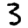
Digit: 3